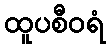
ထူပစီဝရံ